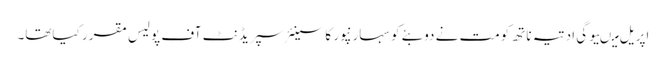
اپریل میںیوگی ادتیہ ناتھ کومت نے دوبئے کو سہارنپور کا سینئر سپریڈنٹ آف پولیس مقرر کیاتھا۔